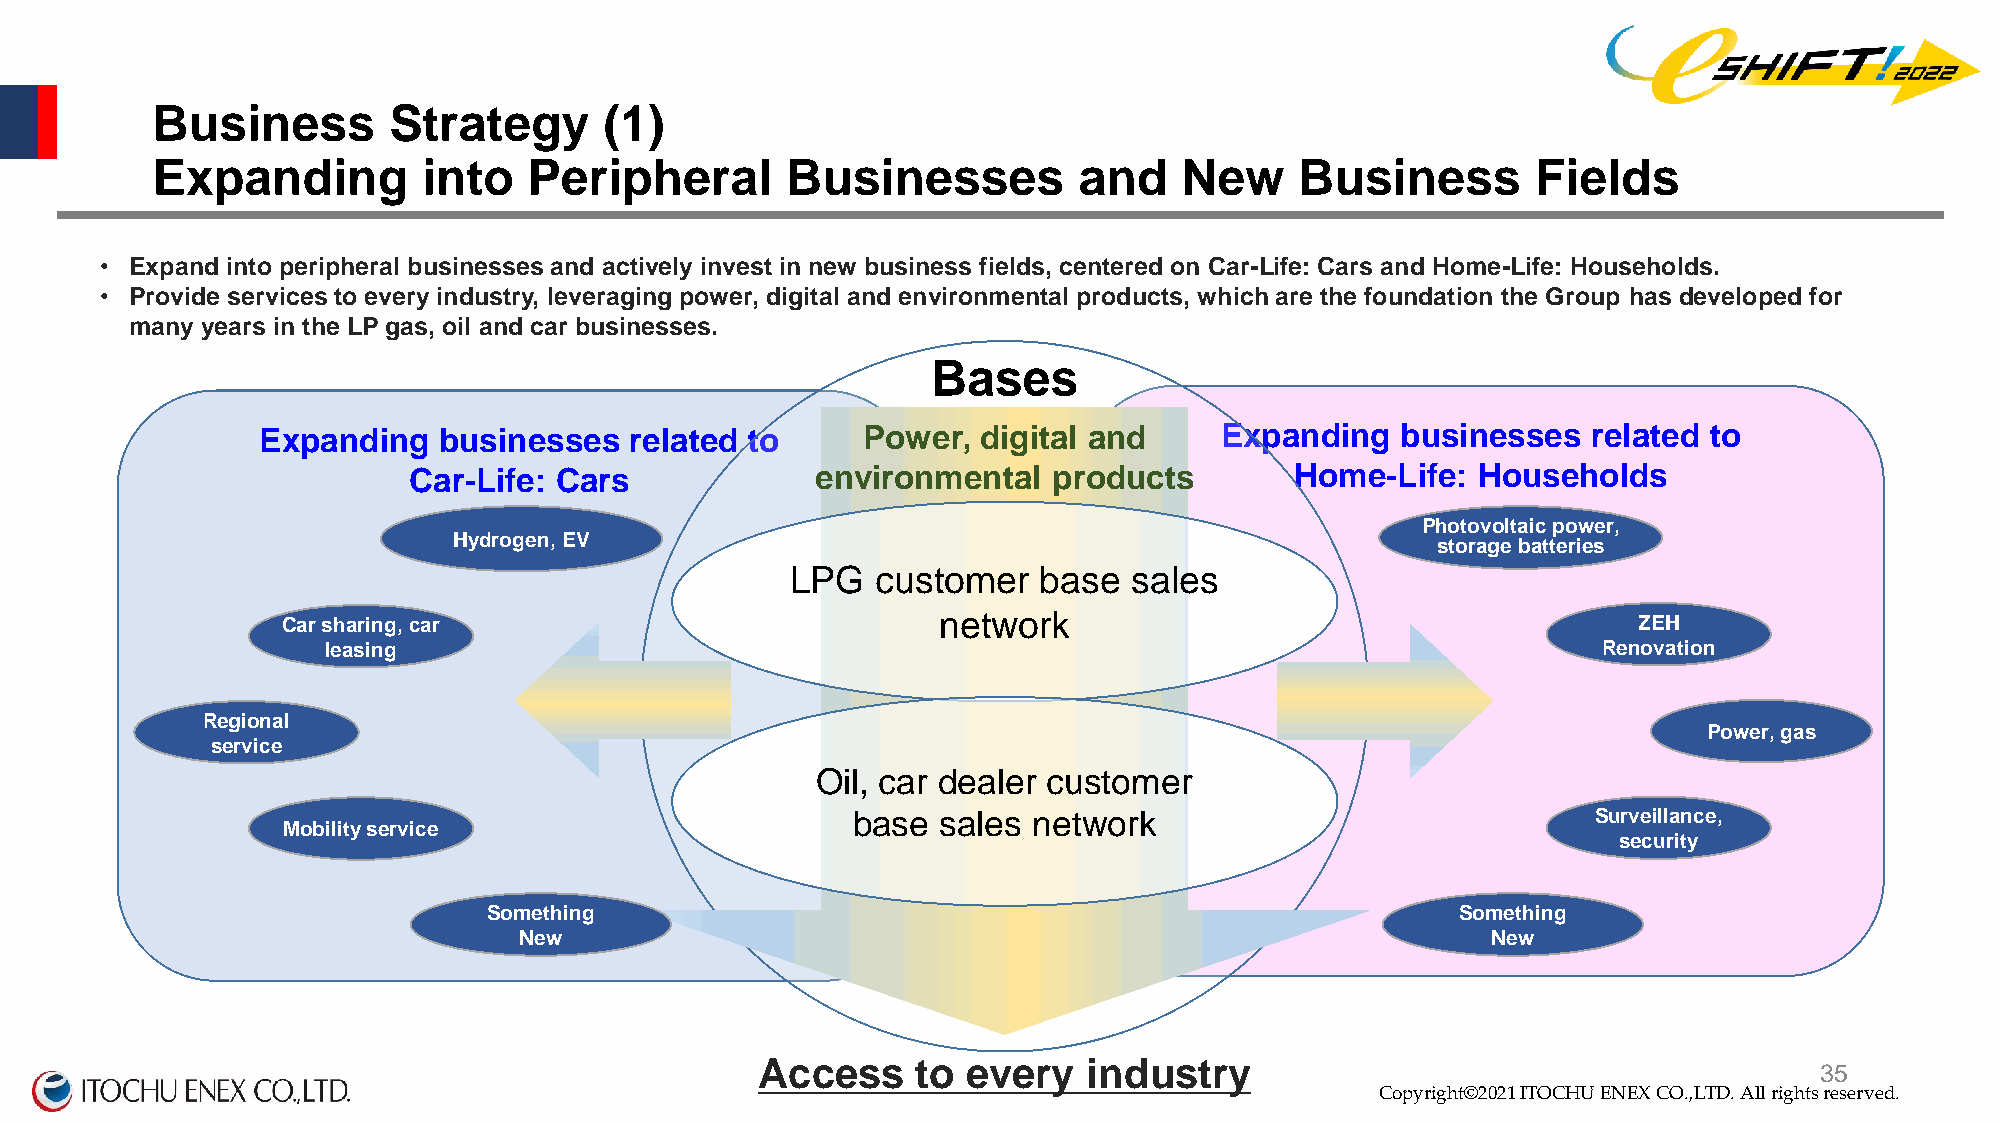
Business        Strategy      (1)
 Expanding         into   Peripheral       Businesses         and    New     Business        Fields
 • Expand into peripheral businesses and actively invest in new business fields, centered on Car-Life: Cars and Home-Life: Households.
 • Provide services to every industry, leveraging power, digital and environmental products, which are the foundation the Group has developed for
 many years in the LP gas, oil and car businesses.
 Bases
 Expanding   businesses   related to     Power,  digital and     Expanding   businesses  related to
 Car-Life: Cars             environmental   products        Home-Life:  Households
 Photovoltaic power,
 Hydrogen, EV                                                     storage batteries
 LPG   customer   base  sales
 Car sharing, car                           network                                       ZEH
 leasing                                                                             Renovation
 Regional
 Power, gas
 service
 Oil, car dealer customer
 base  sales network                               Surveillance,
 Mobility service
 security
 Something                                                        Something
 New                                                              New
 Access     to every   industry
 Copyright©2020 ITOCHU ENEX CO.,LTD. All right3s 5reserved.
 Copyright©2021 ITOCHU ENEX CO.,LTD. All rights reserved.